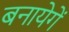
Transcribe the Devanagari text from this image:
बनायेगें